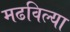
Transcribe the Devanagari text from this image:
मढविल्या